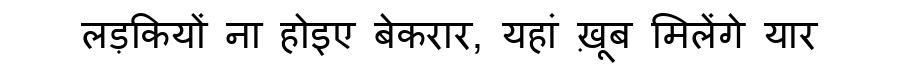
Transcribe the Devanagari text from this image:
लड़कियों ना होइए बेकरार, यहां ख़ूब मिलेंगे यार